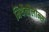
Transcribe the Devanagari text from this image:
मिथैक्वैलोन्स